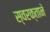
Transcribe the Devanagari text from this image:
स्‍वरक्ताने